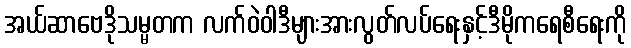
အယ်ဆာဗေဒိုသမ္မတက လက်ဝဲဝါဒီများအားလွတ်လပ်ရေးနှင့်ဒီမိုကရေစီရေးကို